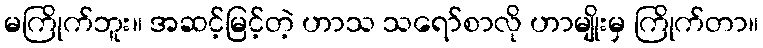
မကြိုက်ဘူး။ အဆင့်မြင့်တဲ့ ဟာသ သရော်စာလို ဟာမျိုးမှ ကြိုက်တာ။